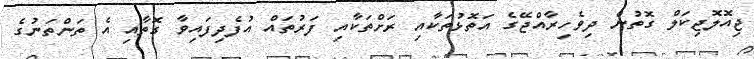
ޖިއޮލޮޖިކަލް ގޮތުން ދިވެހިރާއްޖޭގެ އަތޮޅުތަކާއި ރަށްތަކާއި ފަރުތައް އުފެދިފައިވާ ގޮތާއި އެ ތަންތަނުގެ